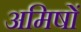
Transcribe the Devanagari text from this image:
अमिषों